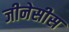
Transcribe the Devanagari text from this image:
जीनेसीस